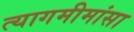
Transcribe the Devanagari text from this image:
त्यागमीमांसा